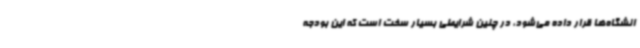
انشگاه‌ها قرار داده می‌شود، در چنین شرایطی بسیار سخت است که این بودجه